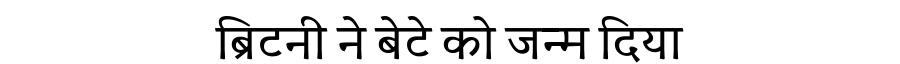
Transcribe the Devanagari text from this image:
ब्रिटनी ने बेटे को जन्म दिया